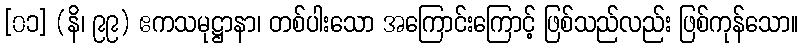
[၀၁] (နိ၊ ၉၉) ဧကသမုဋ္ဌာနာ၊ တစ်ပါးသော အကြောင်းကြောင့် ဖြစ်သည်လည်း ဖြစ်ကုန်သော။